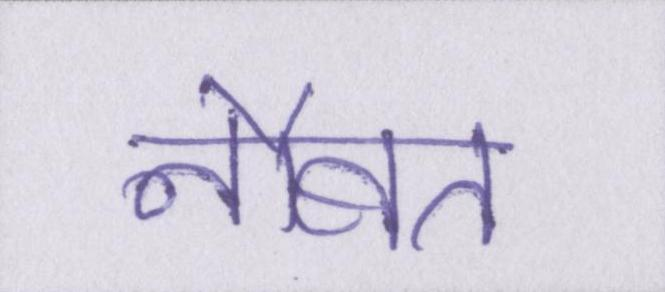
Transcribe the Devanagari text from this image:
नौबत